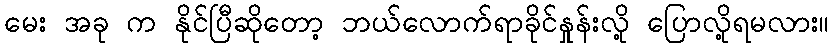
မေး အခု က နိုင်ပြီဆိုတော့ ဘယ်လောက်ရာခိုင်နှုန်းလို့ ပြောလို့ရမလား။